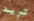
تريد